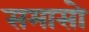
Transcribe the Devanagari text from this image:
समासो